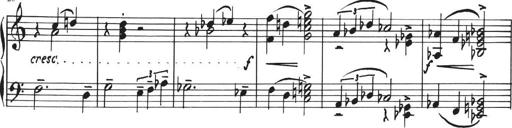
Title: Sonatina in E major
Composer: Paul von Klenau
Key: E major